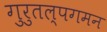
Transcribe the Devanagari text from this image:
गुरुतल्पगमन